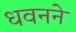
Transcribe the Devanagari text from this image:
धवनने